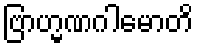
ဗြာဟ္မဏဂါမောတိ